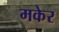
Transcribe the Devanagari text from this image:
मकेर